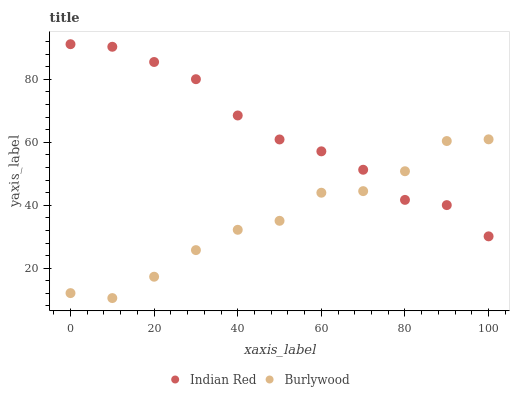
| xaxis_label | Indian Red | Burlywood |
 | --- | --- | --- |
 | 0 | 91.1 | 12.1 |
 | 10 | 90.3 | 10.5 |
 | 20 | 85.5 | 17.3 |
 | 30 | 80 | 25.7 |
 | 40 | 68.5 | 32.2 |
 | 50 | 60.9 | 35 |
 | 60 | 57.1 | 44 |
 | 70 | 51.3 | 44.5 |
 | 80 | 41.7 | 50.8 |
 | 90 | 40 | 60.4 |
 | 100 | 30.1 | 60.9 |